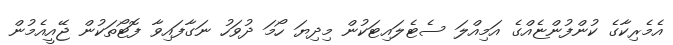
އެމެރިކާގެ ކުންފުންޏެއްގެ އަމިއްލަ ސެޓެލައިޓަކުން މިދިޔަ ހޯމަ ދުވަހު ނަގާފައިވާ ފޮޓޯތަކުން ޖޭއީއެމުން